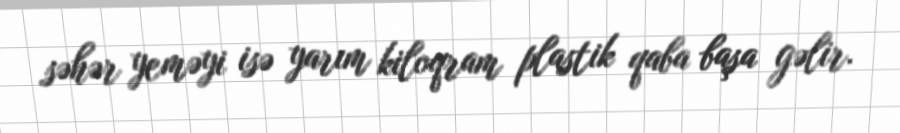
səhər yeməyi isə yarım kiloqram plastik qaba başa gəlir.